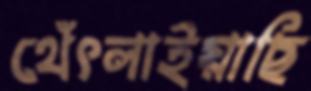
থেঁৎলাইয়াছি